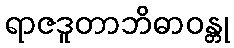
ရာဇဒူတာဘိဓာဝန္တု